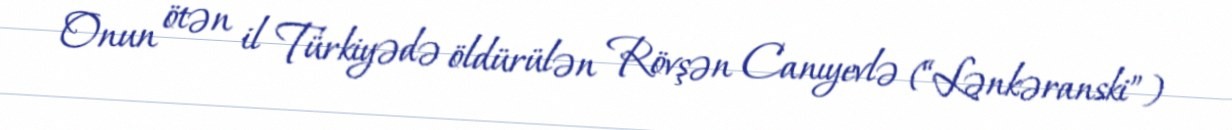
Onun ötən il Türkiyədə öldürülən Rövşən Canıyevlə (“Lənkəranski”)